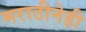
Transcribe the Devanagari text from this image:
मराठीनेही